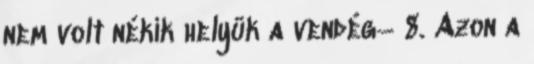
nem volt nékik helyük a vendég− 8. Azon a